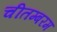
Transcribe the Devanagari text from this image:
चीतम्बरम